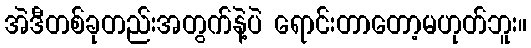
အဲဒီတစ်ခုတည်းအတွက်နဲ့ပဲ ရောင်းတာတော့မဟုတ်ဘူး။